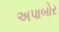
અપાબોર